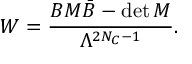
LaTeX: W = \frac { B M \bar { B } - \operatorname * { d e t } M } { \Lambda ^ { 2 N _ { C } - 1 } } .